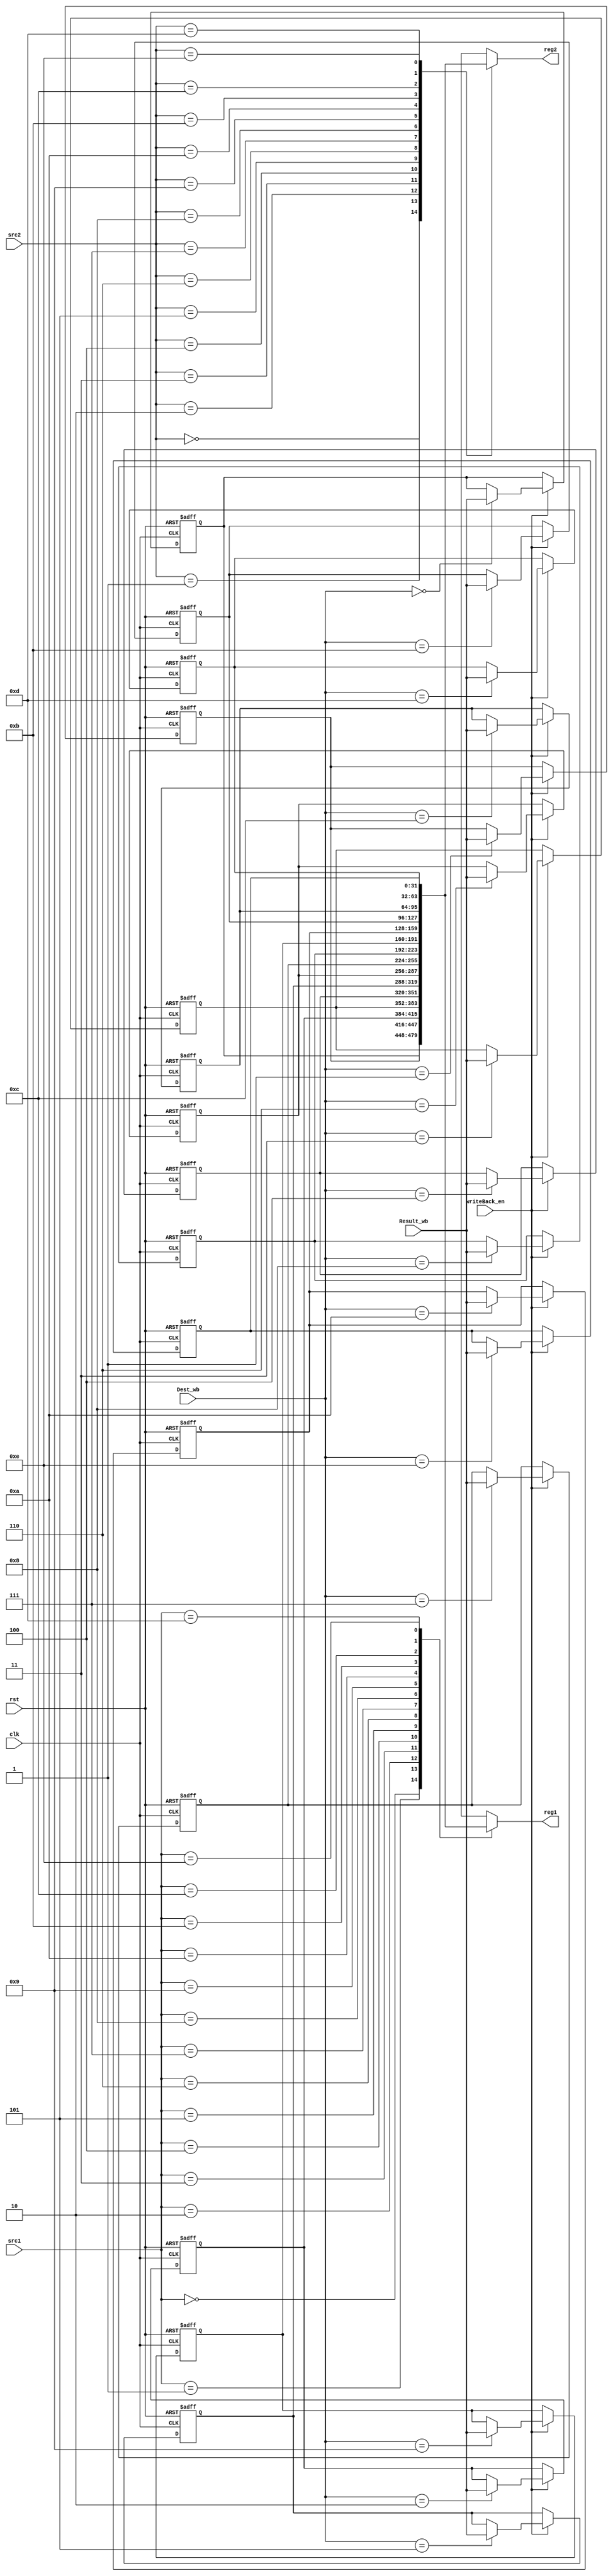
module Register_File(
    input clk, rst,
    input [3:0] src1, src2, Dest_wb, //Dest_wb = write register, srcs are for read
    input [31:0] Result_wb, //Result_wb = write data
    input writeBack_en,
    output [31:0] reg1, reg2
);
    reg [31:0] register_file [0:14];
    assign reg1 = register_file[src1];
    assign reg2 = register_file[src2];
    initial begin
        register_file[0] = 0;
        register_file[1] = 1;
        register_file[2] = 2;
        register_file[3] = 3;
        register_file[4] = 4;
        register_file[5] = 5;
        register_file[6] = 6;
        register_file[7] = 7;
        register_file[8] = 8;
        register_file[9] = 9;
        register_file[10] = 10;
        register_file[11] = 11;
        register_file[12] = 12;
        register_file[13] = 13;
        register_file[14] = 14;
    end
    integer i;
    always @(negedge clk, posedge rst) begin
        if (rst)
            for (i = 0; i < 15; i = i + 1)
                register_file[i] <= i;
        else if (writeBack_en)
            register_file[Dest_wb] <= Result_wb;
    end
endmodule